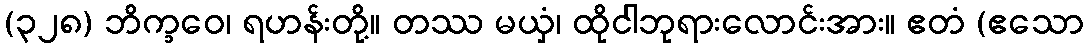
(၃၂၈) ဘိက္ခဝေ၊ ရဟန်းတို့။ တဿ မယှံ၊ ထိုငါဘုရားလောင်းအား။ ဧတံ (ဧသော